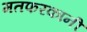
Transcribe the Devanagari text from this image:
मतफरकानी